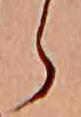
ら